Lunatic asylums United Provinces 1899-1908 - 1899-1908
Year: 1899
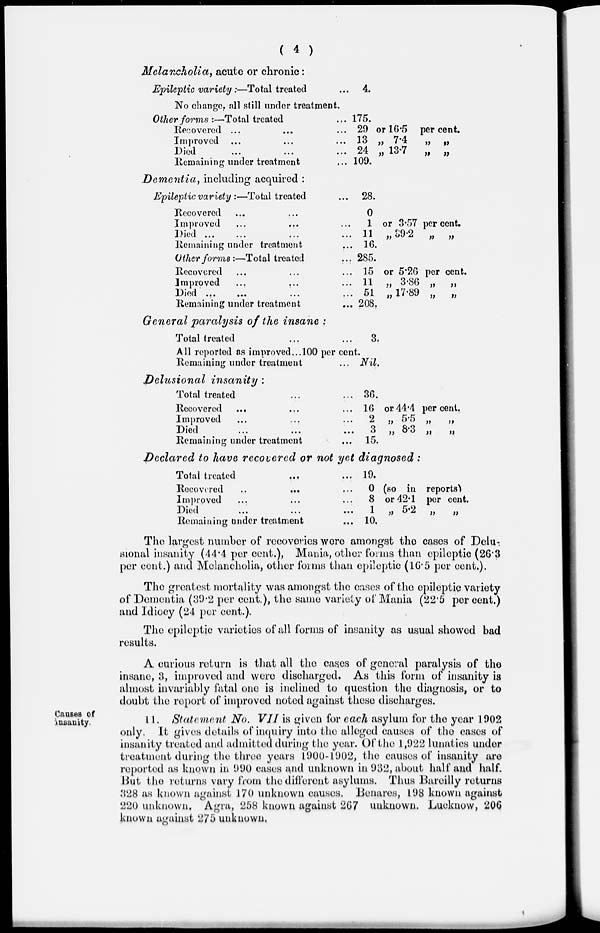
( 4 )
Melancholia, acute or chronic:
Epileptic variety :—Total treated ...
4.
No change, all still under treatment.
Other forms :—Total treated ...
Recovered ...
Improved ... ... ...
Died ... ... ...
Remaining under treatment ...
175.
29 or 16.5 per cent.
13 „ 7.4
„
„
24 „ 13.7
„
„
109.
Dementia, including acquired :
Epileptic variety :—Total treated ...
Recovered ... ...
Improved
...
...
...
Died ... ... ...
Remaining under treatment ...
Other forms :—Total treated
...
Recovered ... ... ...
Improved
...
...
...
Died ... ... ... ...
Remaining under treatment ...
28.
0
1 or 3.57 per cent.
11 „ 39.2 „ „
16.
285.
15 or 5.26 per cent.
11 „ 3.86 „
„
51 „ 17.89 „
„
208.
General paralysis of the insane :
Total treated ... ...
All reported as improved... 100 per cent.
Remaining under treatment ...
3.
Nil.
Delusional insanity :
Total treated ... ...
Recovered ... ... ...
Improved ... ... ...
Died ... ... ...
Remaining under treatment ...
36.
16 or 44.4 per cent.
2 „ 5.5 „ „
3 „ 8.3 „ „
15.
Declared to have recovered or not yet diagnosed:
Total treated
...
...
Recovered ... ... ...
Improved ... ... ...
Died ... ... ...
Remaining under treatment ...
19.
0 (so in reports)
8 or 42.1 per cent.
1 „ 5.2
„
„
10.
The largest number of recoveries wore amongst the cases of Delu-
sional insanity (44.4 per cent.), Mania, other forms than epileptic (26.3
per cent.) and Melancholia, other forms than epileptic (16.5 per cent.).
The greatest mortality was amongst the cases of the epileptic variety
of Dementia (39.2 per cent.), the same variety of Mania (22.5 per cent.)
and Idiocy (24 per cent.).
The epileptic varieties of all forms of insanity as usual showed bad
results.
A curious return is that all the cases of general paralysis of the
insane, 3, improved and were discharged. As this form of insanity is
almost invariably fatal one is inclined to question the diagnosis, or to
doubt the report of improved noted against these discharges.
Causes of
insanity.
11. Statement No. VII is given for each asylum for the year 1902
only. It gives details of inquiry into the alleged causes of the cases of
insanity treated and admitted during the year. Of the 1,922 lunatics under
treatment during the three years 1900-1902, the causes of insanity are
reported as known in 990 cases and unknown in 932, about half and half.
But the returns vary from the different asylums. Thus Bareilly returns
328 as known against 170 unknown causes. Benares, 198 known against
220 unknown. Agra, 258 known against 267 unknown. Lucknow, 206
known against 275 unknown.